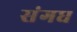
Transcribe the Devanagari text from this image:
संगध